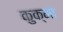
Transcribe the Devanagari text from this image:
कुक्मा